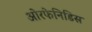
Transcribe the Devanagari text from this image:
ओरफेनिडिस